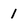
Character: 1